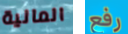
المالية رفع